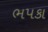
ભપકા